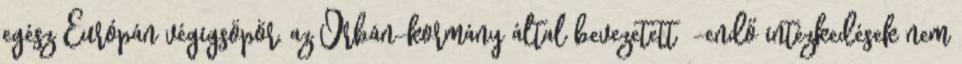
egész Európán végigsöpör, az Orbán-kormány által bevezetett -endő intézkedések nem